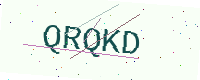
Text: QRQKD